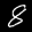
Label: 8